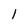
Character: 1